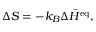
\Delta S = - k _ { B } \Delta \bar { H } ^ { \mathrm { e q } } ,